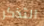
التذكر